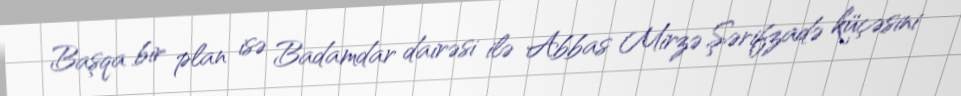
Başqa bir plan isə Badamdar dairəsi ilə Abbas Mirzə Şərifzadə küçəsini